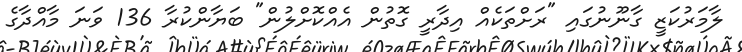
ލާމަރުކަޒީ ގާނޫނުގައި "ރަށްތަކެއް އިދާރީ ގޮތުން އެއްކޮށްލުން" ބަޔާންކުރާ 136 ވަނަ މާއްދާގެ